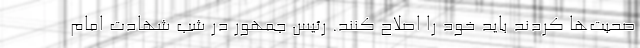
صحبت‌ها کردند باید خود را اصلاح کنند. رئیس جمهور در شب شهادت امام